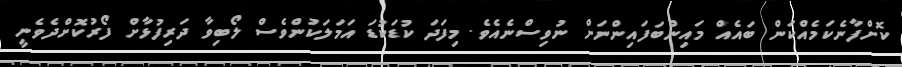
ކޮށްފާނެކަމެއްކަން ބައެއް މައިންބަފައިންނަށް ނުވިސްނެއެވެ. މިފަދަ ކުޑަކުޑަ އަމަލަކުންވެސް ލޯބިވާ ދަރިފުޅާށް ފޯރުކޮށްދެވެނީ